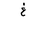
Letter: _gayn